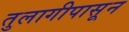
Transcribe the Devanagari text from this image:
तुलागीपासून